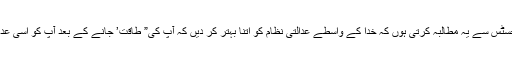
اور میں حکمرانو ں سے ،چیف جسٹس سے یہ مطالبہ کرتی ہوں کہ خدا کے واسطے عدالتی نظام کو اتنا بہتر کر دیں کہ آپ کی” طاقت’ جانے کے بعد آپ کو اسی عدم انصاف کا سامنا نہ کرنا پڑے ۔